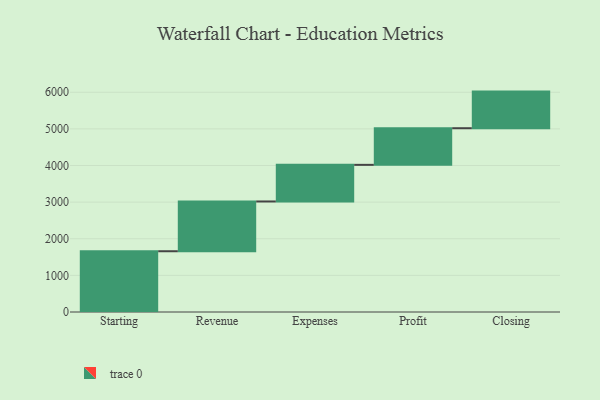
{"axis": {"x": "Step", "y": "Value"}, "legend": [""], "data": [{"x": "Starting", "y": 1659.0, "type": ""}, {"x": "Revenue", "y": 1359.0, "type": ""}, {"x": "Expenses", "y": 1000, "type": ""}, {"x": "Profit", "y": 1000, "type": ""}, {"x": "Closing", "y": 1000, "type": ""}]}